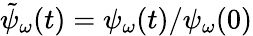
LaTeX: \tilde{\psi}_{\omega}(t)=\psi_{\omega}(t)/\psi_{\omega}(0)